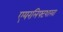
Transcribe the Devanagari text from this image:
एयरलिफ्टशाखा